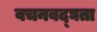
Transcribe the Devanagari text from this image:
वचनबद्घता